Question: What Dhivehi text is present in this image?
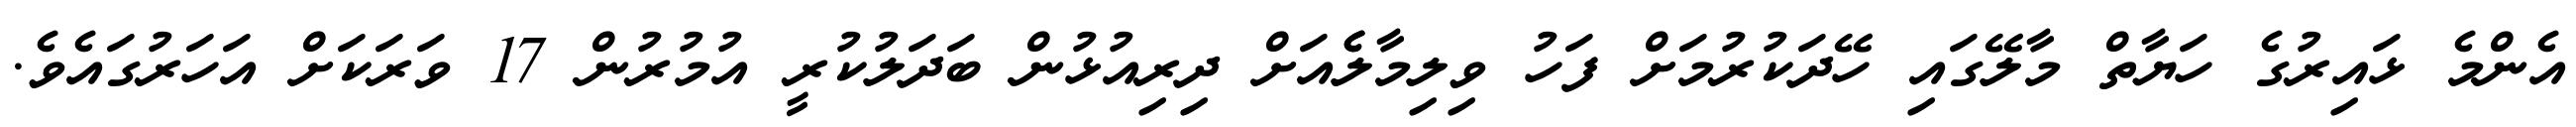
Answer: އެންމެ ޅައިރުގެ ހަޔާތް މާލޭގައި ހޭދަކުރުމަށް ފަހު ވިލިމާލެެއަށް ދިރިއުޅުން ބަދަލުކުރީ އުމުރުން 17 ވަރަކަށް އަހަރުގައެވެ.